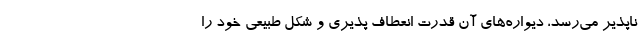
ناپذیر می‌رسد، دیواره‌های آن قدرت انعطاف پذیری و شکل طبیعی خود را